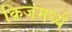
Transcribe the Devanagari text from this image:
क्रिजमध्ये